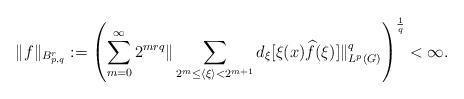
LaTeX: \begin{align*}\Vert f \Vert_{B^r_{p,q}}:=\left( \sum_{m=0}^{\infty} 2^{mrq}\Vert \sum_{2^m\leq \langle \xi\rangle< 2^{m+1}} d_{\xi}[\xi(x)\widehat{f}(\xi)]\Vert^q_{L^p(G)}\right)^{\frac{1}{q}}<\infty.\end{align*}